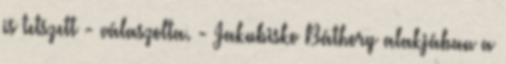
is tetszett - válaszolta. - Jakubisko Báthory alakjában a